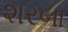
શરબા